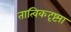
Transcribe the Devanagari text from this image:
तात्विकदृष्ट्या